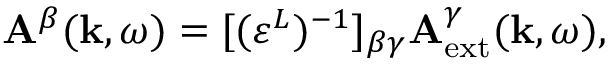
{ \bf A } ^ { \beta } ( { \bf k } , \omega ) = [ ( \varepsilon ^ { L } ) ^ { - 1 } ] _ { \beta \gamma } { \bf A } _ { \mathrm { e x t } } ^ { \gamma } ( { \bf k } , \omega ) ,